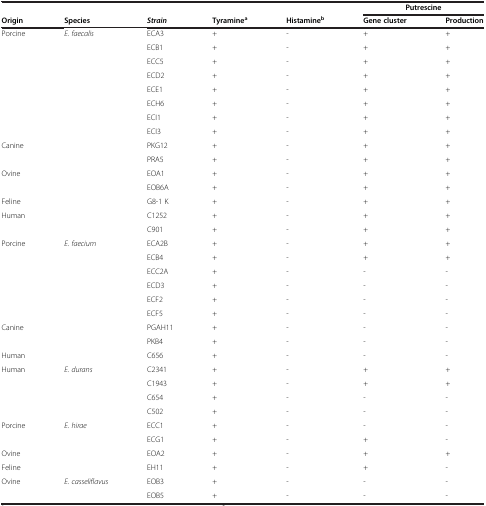
<table><thead><tr><td><b> </b></td><td><b> </b></td><td><b> </b></td><td><b> </b></td><td><b> </b></td><td colspan="2"><b>Putrescine</b></td></tr><tr><td><b>Origin</b></td><td><b>Species</b></td><td><b><i>Strain</i></b></td><td><b>Tyramine<sup>a</sup></b></td><td><b>Histamine<sup>b</sup></b></td><td><b>Gene cluster</b></td><td><b>Production</b></td></tr></thead><tbody><tr><td>Porcine</td><td><i>E. faecalis</i></td><td>ECA3</td><td>+</td><td>-</td><td>+</td><td>+</td></tr><tr><td> </td><td> </td><td>ECB1</td><td>+</td><td>-</td><td>+</td><td>+</td></tr><tr><td> </td><td> </td><td>ECC5</td><td>+</td><td>-</td><td>+</td><td>+</td></tr><tr><td> </td><td> </td><td>ECD2</td><td>+</td><td>-</td><td>+</td><td>+</td></tr><tr><td> </td><td> </td><td>ECE1</td><td>+</td><td>-</td><td>+</td><td>+</td></tr><tr><td> </td><td> </td><td>ECH6</td><td>+</td><td>-</td><td>+</td><td>+</td></tr><tr><td> </td><td> </td><td>ECI1</td><td>+</td><td>-</td><td>+</td><td>+</td></tr><tr><td> </td><td> </td><td>ECI3</td><td>+</td><td>-</td><td>+</td><td>+</td></tr><tr><td>Canine</td><td> </td><td>PKG12</td><td>+</td><td>-</td><td>+</td><td>+</td></tr><tr><td> </td><td> </td><td>PRA5</td><td>+</td><td>-</td><td>+</td><td>+</td></tr><tr><td>Ovine</td><td> </td><td>EOA1</td><td>+</td><td>-</td><td>+</td><td>+</td></tr><tr><td> </td><td> </td><td>EOB6A</td><td>+</td><td>-</td><td>+</td><td>+</td></tr><tr><td>Feline</td><td> </td><td>G8-1 K</td><td>+</td><td>-</td><td>+</td><td>+</td></tr><tr><td>Human</td><td> </td><td>C1252</td><td>+</td><td>-</td><td>+</td><td>+</td></tr><tr><td> </td><td> </td><td>C901</td><td>+</td><td>-</td><td>+</td><td>+</td></tr><tr><td>Porcine</td><td><i>E. faecium</i></td><td>ECA2B</td><td>+</td><td>-</td><td>+</td><td>+</td></tr><tr><td> </td><td> </td><td>ECB4</td><td>+</td><td>-</td><td>+</td><td>+</td></tr><tr><td> </td><td> </td><td>ECC2A</td><td>+</td><td>-</td><td>-</td><td>-</td></tr><tr><td> </td><td> </td><td>ECD3</td><td>+</td><td>-</td><td>-</td><td>-</td></tr><tr><td> </td><td> </td><td>ECF2</td><td>+</td><td>-</td><td>-</td><td>-</td></tr><tr><td> </td><td> </td><td>ECF5</td><td>+</td><td>-</td><td>-</td><td>-</td></tr><tr><td>Canine</td><td> </td><td>PGAH11</td><td>+</td><td>-</td><td>-</td><td>-</td></tr><tr><td> </td><td> </td><td>PKB4</td><td>+</td><td>-</td><td>-</td><td>-</td></tr><tr><td>Human</td><td> </td><td>C656</td><td>+</td><td>-</td><td>-</td><td>-</td></tr><tr><td>Human</td><td><i>E. durans</i></td><td>C2341</td><td>+</td><td>-</td><td>+</td><td>+</td></tr><tr><td> </td><td> </td><td>C1943</td><td>+</td><td>-</td><td>+</td><td>+</td></tr><tr><td> </td><td> </td><td>C654</td><td>+</td><td>-</td><td>-</td><td>-</td></tr><tr><td> </td><td> </td><td>C502</td><td>+</td><td>-</td><td>-</td><td>-</td></tr><tr><td>Porcine</td><td><i>E. hirae</i></td><td>ECC1</td><td>+</td><td>-</td><td>-</td><td>-</td></tr><tr><td> </td><td> </td><td>ECG1</td><td>+</td><td>-</td><td>+</td><td>-</td></tr><tr><td>Ovine</td><td> </td><td>EOA2</td><td>+</td><td>-</td><td>+</td><td>+</td></tr><tr><td>Feline</td><td> </td><td>EH11</td><td>+</td><td>-</td><td>+</td><td>-</td></tr><tr><td>Ovine</td><td><i>E. casseliflavus</i></td><td>EOB3</td><td>+</td><td>-</td><td>-</td><td>-</td></tr><tr><td> </td><td> </td><td>EOB5</td><td>+</td><td>-</td><td>-</td><td>-</td></tr></tbody></table>